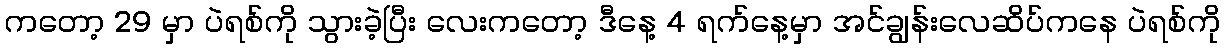
ကတော့ 29 မှာ ပဲရစ်ကို သွားခဲ့ပြီး လေးကတော့ ဒီနေ့ 4 ရက်နေ့မှာ အင်ချွန်းလေဆိပ်ကနေ ပဲရစ်ကို